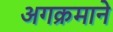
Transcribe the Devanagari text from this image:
अगक्रमाने